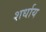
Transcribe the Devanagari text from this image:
शर्धाय